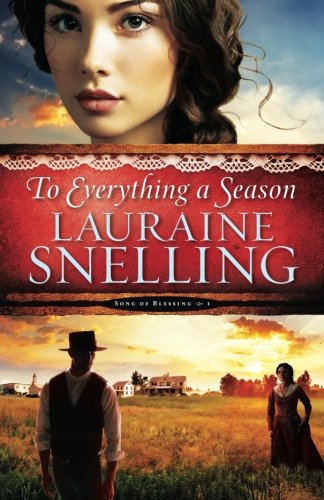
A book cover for To Everything a Season (Song of Blessing) (Volume 1); Lauraine Snelling; Romance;